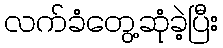
လက်ခံတွေ့ဆုံခဲ့ပြီး